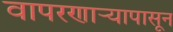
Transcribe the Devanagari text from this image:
वापरणार्‍यापासून